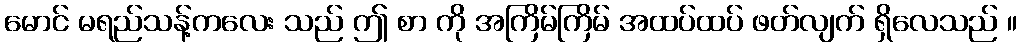
မောင် မရည်သန့်ကလေး သည် ဤ စာ ကို အကြိမ်ကြိမ် အထပ်ထပ် ဖတ်လျက် ရှိလေသည် ။